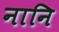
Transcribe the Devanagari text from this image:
नानि